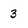
Character: 3